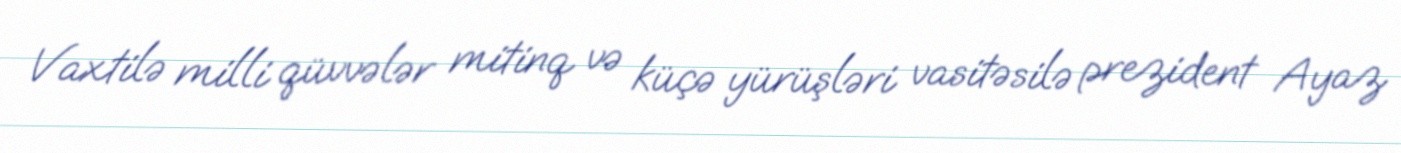
Vaxtilə milli qüvvələr mitinq və küçə yürüşləri vasitəsilə prezident Ayaz